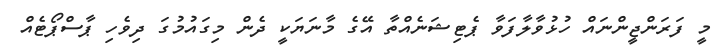
މީ ފަރަންޖީންނައް ހުޅުވާލާފަވާ ޕެޓިޝަނެއްތާ އޭގެ މާނަޔަކީ ދެން މިގައުމުގަ ދިވެހި ޕާސްޕޯޓެއް